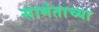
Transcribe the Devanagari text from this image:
सामंताच्या